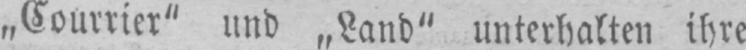
„Courrier“ und „Land“ unterhalten ihre